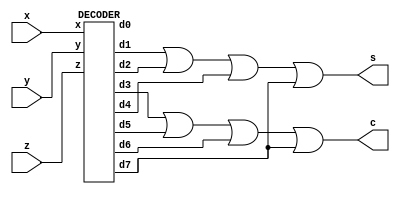
`timescale 1ns / 1ps
//////////////////////////////////////////////////////////////////////////////////
// Company: 
// Engineer: 
// 
// Design Name: 
// Module Name: fa_decoder
// Project Name: 
// Target Devices: 
// Tool Versions: 
// Description: 
// 
// Dependencies: 
// 
// Revision:
// Revision 0.01 - File Created
// Additional Comments:
// 
/////////////////////////////////////////////////////////////////////////////////

module fa_decoder(s,c,x,y,z);
input x,y,z;
wire d0,d1,d2,d3,d4,d5,d6,d7;
output s,c;
DECODER a1(d0,d1,d2, d3,d4, d5, d6, d7, x, y, z);
assign s = d1 | d2 | d4 | d7;
assign  c = d3 | d5 | d6 | d7;
endmodule
module DECODER (d0,d1,d2,d3,d4,d5,d6,d7,x,y,z);
input x,y,z;
output d0,d1,d2,d3,d4,d5,d6,d7;
wire x0,y0,z0;
not n1 (x0,x);
not n2 (y0,y);
not n3 (z0,z);
and a0 (d0,x0,y0,z0);
and al (d1, x0, y0, z);
and a2 (d2,x0, y, z0);
and a3 (d3,x0,y,z);
and a4 (d4, x,y0,z0);
and a5 (d5, x, y0, z);
and a6 (d6, x, y, z0);
and a7 (d7, x,y,z);
endmodule